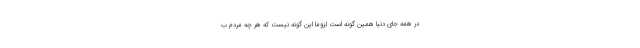
در همه جای دنیا همین گونه است لزوما این گونه نیست که هر چه مردم ب